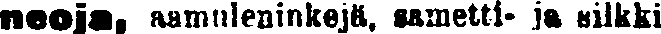
neoja, aamuleninkejä, sametti- ja silkki